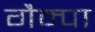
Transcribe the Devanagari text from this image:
गैम्पा